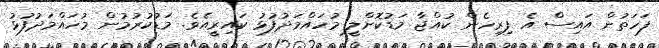
ފަހަތުން އައިސް އެ ފިރިހެން ކުއްޖާ މަޑުކޮށްލީ މުހައްމަދުފުޅު ކައިރީއެވެ. މަޑުކުރުމުން މުހައްމަދުފުޅު